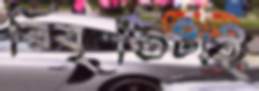
বিবৃতিটাই